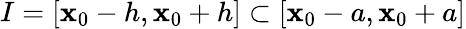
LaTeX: I=[\mathbf{x}_{0}-h,\mathbf{x}_{0}+h]\subset[\mathbf{x}_{0}-a,\mathbf{x}_{0}+a]